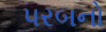
પરબનો